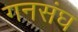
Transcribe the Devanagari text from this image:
गनसंघ